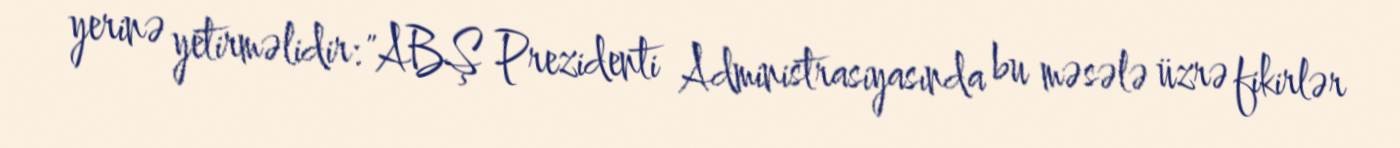
yerinə yetirməlidir: "ABŞ Prezidenti Administrasiyasında bu məsələ üzrə fikirlər